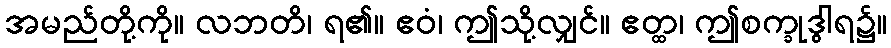
အမည်တို့ကို။ လဘတိ၊ ရ၏။ ဧဝံ၊ ဤသို့လျှင်။ ဧတ္ထ၊ ဤစက္ခုဒွါရ၌။